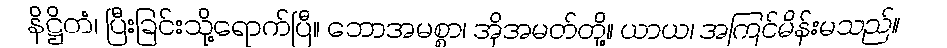
နိဋ္ဌိတံ၊ ပြီးခြင်းသို့ရောက်ပြီ။ ဘောအမစ္စာ၊ အိုအမတ်တို့။ ယာယ၊ အကြင်မိန်းမသည်။